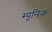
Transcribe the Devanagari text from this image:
स्यूनिक